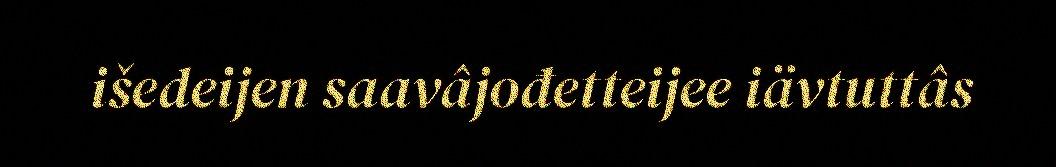
išedeijen saavâjođetteijee iävtuttâs